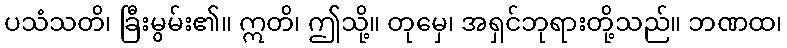
ပသံသတိ၊ ခြီးမွမ်း၏။ ဣတိ၊ ဤသို့။ တုမှေ၊ အရှင်ဘုရားတို့သည်။ ဘဏထ၊